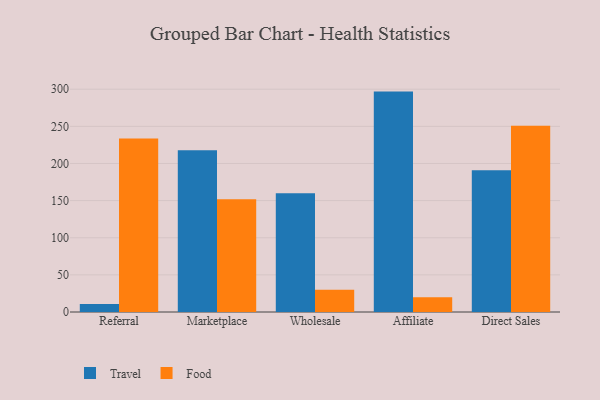
{"axis": {"x": "Channel", "y": "Operating Costs (USD K)"}, "legend": ["Food", "Travel"], "data": [{"x": "Referral", "y": 10.7, "type": "Travel"}, {"x": "Referral", "y": 233.6, "type": "Food"}, {"x": "Marketplace", "y": 217.9, "type": "Travel"}, {"x": "Marketplace", "y": 151.7, "type": "Food"}, {"x": "Wholesale", "y": 159.8, "type": "Travel"}, {"x": "Wholesale", "y": 30.0, "type": "Food"}, {"x": "Affiliate", "y": 296.8, "type": "Travel"}, {"x": "Affiliate", "y": 19.7, "type": "Food"}, {"x": "Direct Sales", "y": 190.8, "type": "Travel"}, {"x": "Direct Sales", "y": 250.8, "type": "Food"}]}